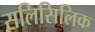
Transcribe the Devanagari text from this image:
सलिसिलिक